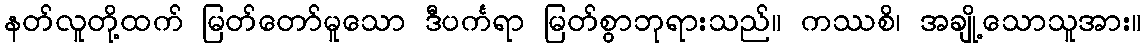
နတ်လူတို့ထက် မြတ်တော်မူသော ဒီပင်္ကရာ မြတ်စွာဘုရားသည်။ ကဿစိ၊ အချို့သောသူအား။